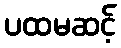
ပထမဆင့်